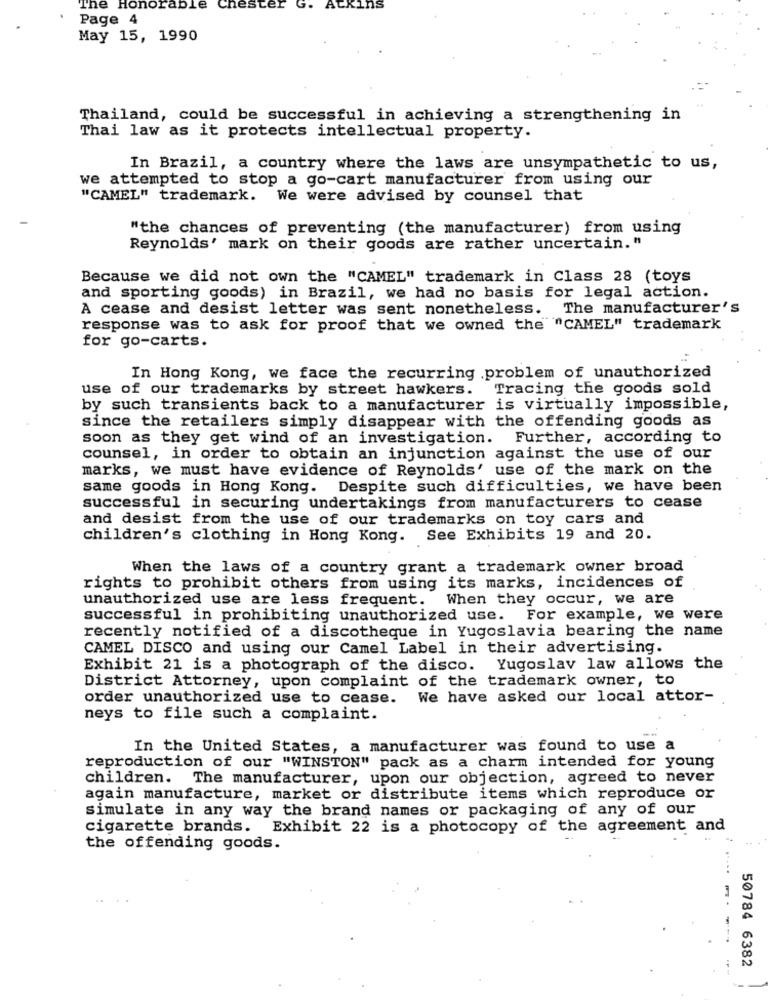
The Honorable
chester
G.
AtKins
Page 4
May 15, 1990
Thailand, could be successful in achieving a strengthening in
Thai law as it protects intellectual property.
In Brazil, a country where the laws are unsympathetic to us,
we attempted to stop a go-cart manufacturer from using our
"CAMEL" trademark. We were advised by counsel that
"the chances of preventing (the manufacturer) from using
Reynolds' mark on their goods are rather uncertain."
Because we did not own the "CAMEL" trademark in Class 28 (toys
and sporting goods) in Brazil, we had no basis for legal action.
A cease and desist letter was sent nonetheless. The manufacturer's
response was to ask for proof that we owned the "CAMEL" trademark
for go-carts.
In Hong Kong, we face the recurring .problem of unauthorized
use of our trademarks by street hawkers.
Tracing the goods sold
by such transients back to a manufacturer is virtually impossible,
since the retailers simply disappear with the offending goods as
soon as they get wind of an investigation. Further, according to
counsel, in order to obtain an injunction against the use of our
marks, we must have evidence of Reynolds' use of the mark on the
same goods in Hong Kong. Despite such difficulties, we have been
successful in securing undertakings from manufacturers to cease
and desist from the use of our trademarks on toy cars and
children's clothing in Hong Kong. See Exhibits 19 and 20.
When the laws of a country grant a trademark owner broad
rights to prohibit others from using its marks, incidences of
unauthorized use are less frequent.
When they occur, we are
successful in prohibiting unauthorized use. For example, we were
recently notified of a discotheque in Yugoslavia bearing the name
CAMEL DISCO and using our Camel Label in their advertising.
Exhibit 21 is a photograph of the disco. Yugoslav law allows the
District Attorney, upon complaint of the trademark owner, to
order unauthorized use to cease.
We have asked our local attor-
neys to file such a complaint.
In the United States, a manufacturer was found to use a
reproduction of our "WINSTON" pack as a charm intended for young
children. The manufacturer, upon our objection, agreed to never
again manufacture, market or distribute items which reproduce or
simulate in any way the brand names or packaging of any of our
cigarette brands. Exhibit 22 is a photocopy of the agreement and
the offending goods.
50784 6382